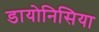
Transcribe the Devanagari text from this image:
डायोनिसिया